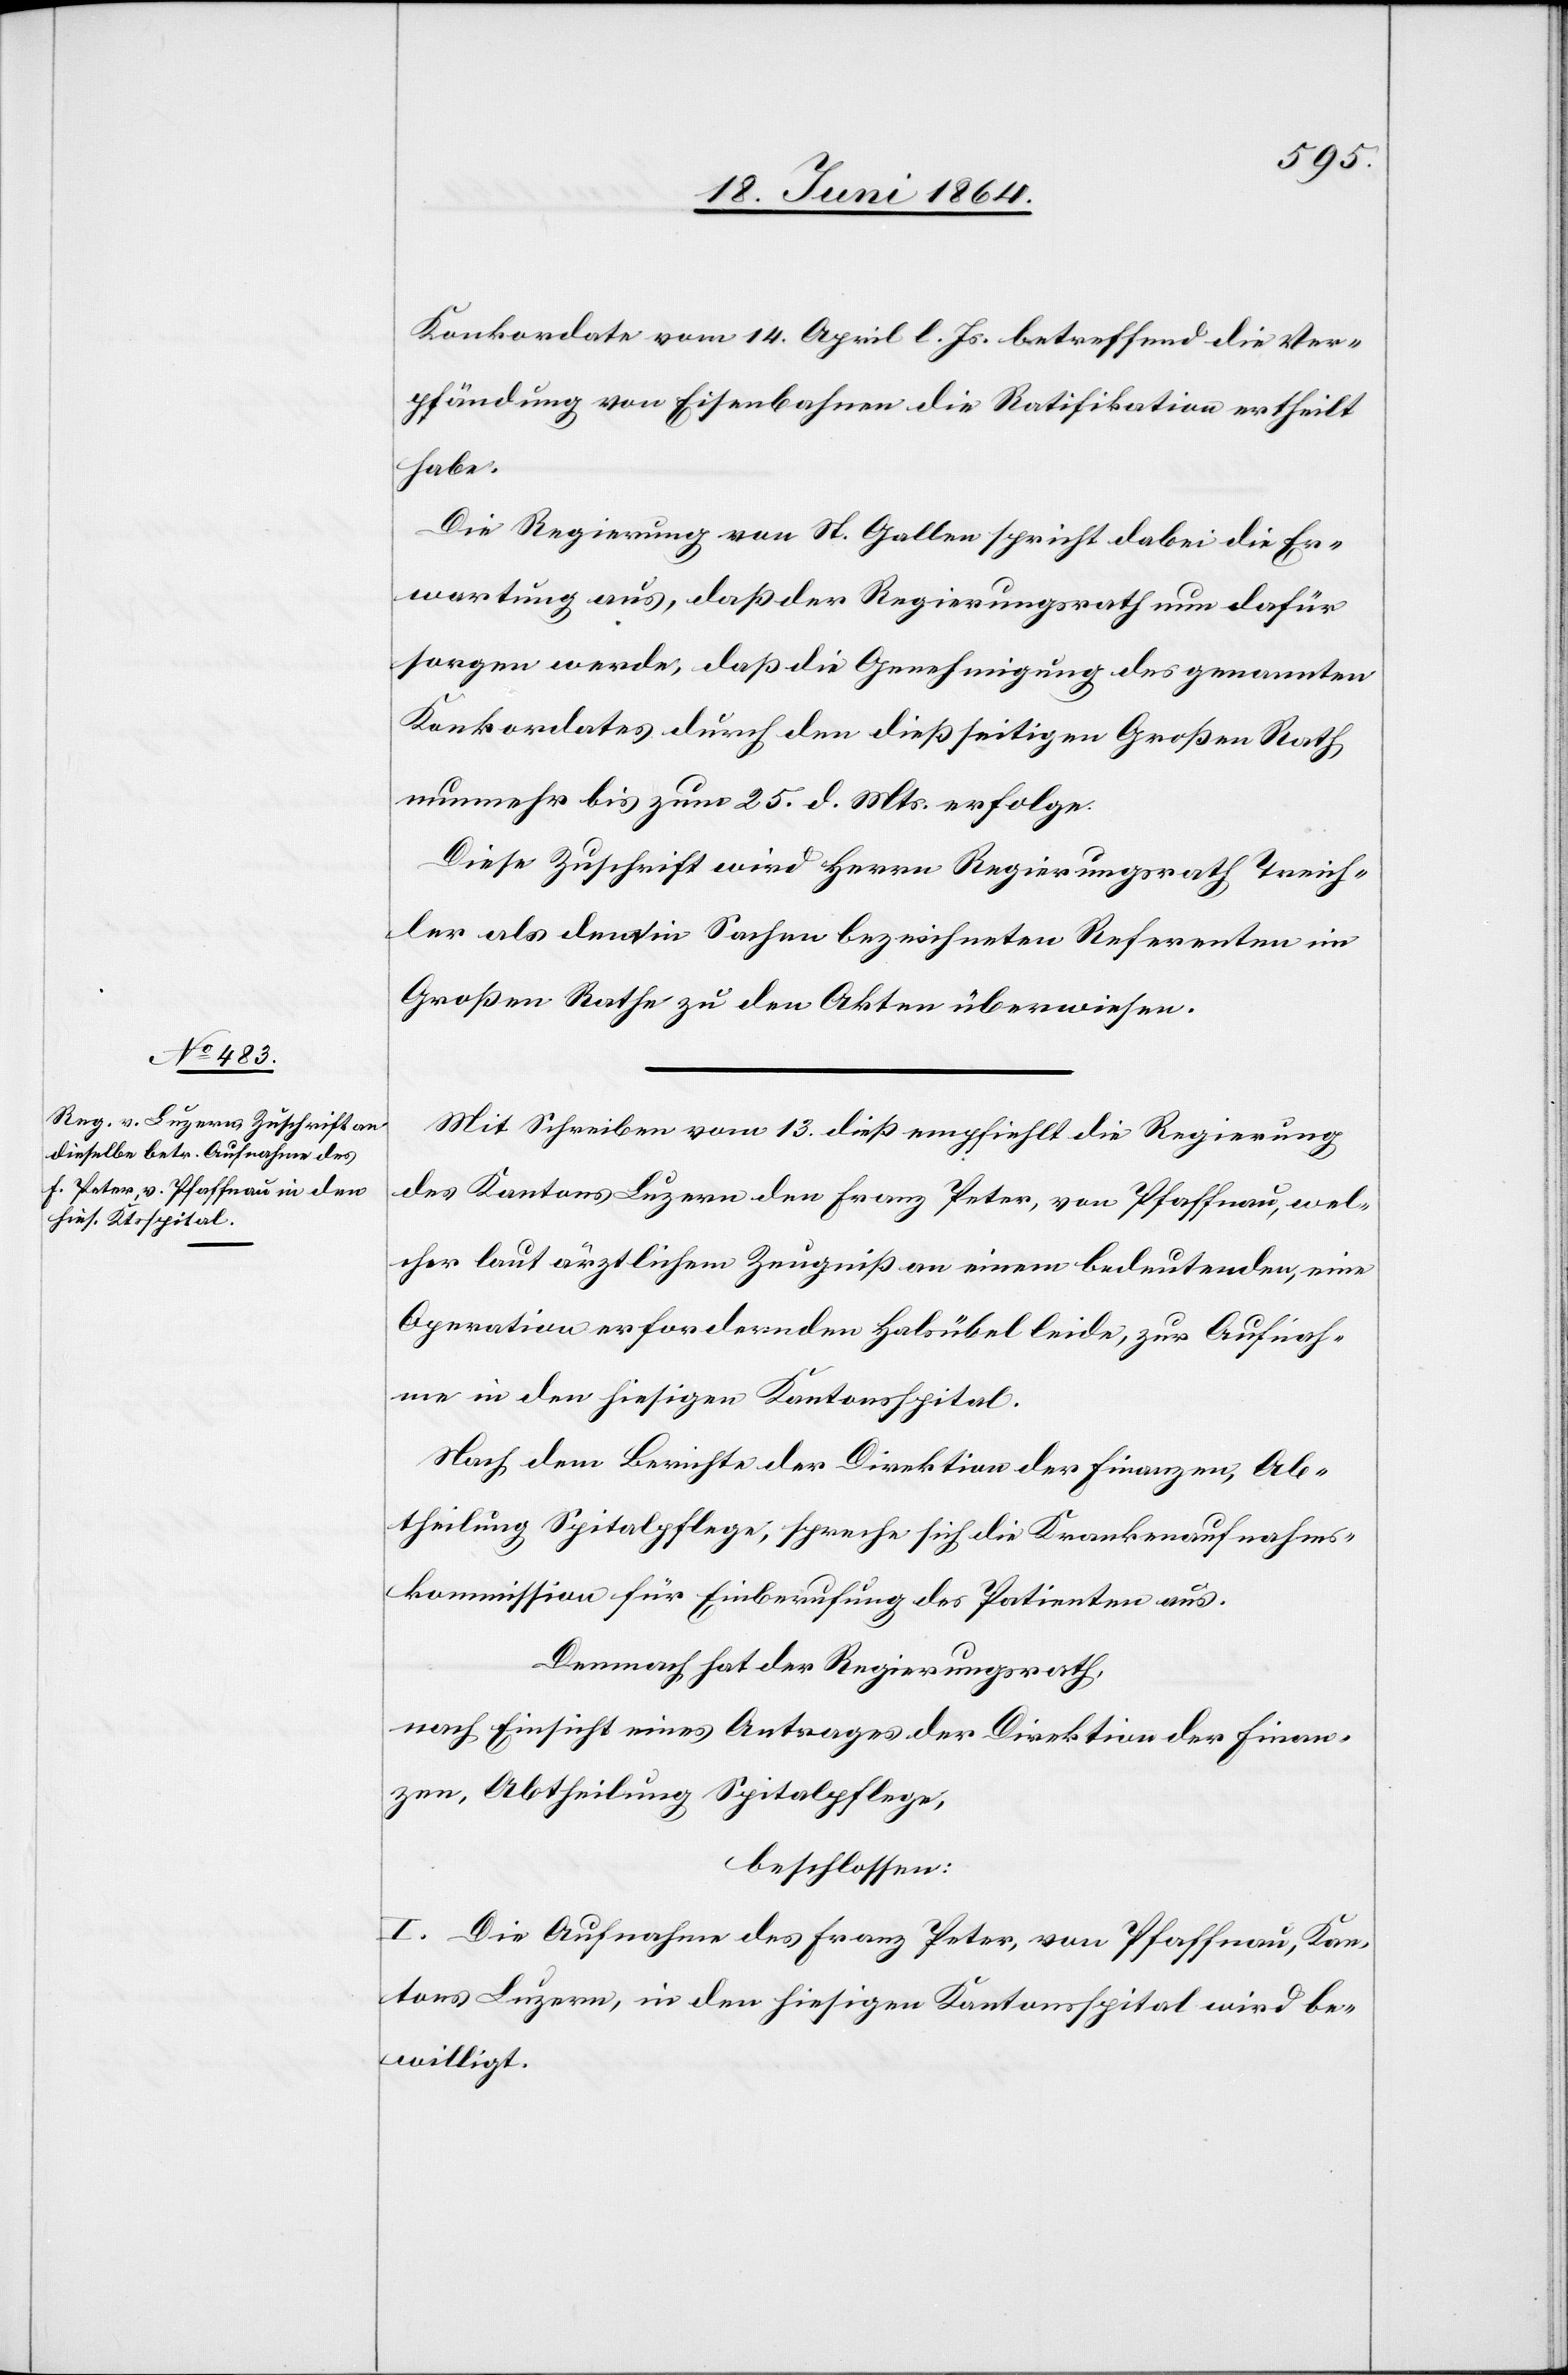
Konkordate vom 14. April l. Js. betreffend die Ver¬
pfändung von Eisenbahnen die Ratifikation ertheilt
habe.
Die Regierung von St. Gallen spricht dabei die Er¬
wartung aus, daß der Regierungsrath nun dafür
sorgen werde, daß die Genehmigung des genannten
Konkordates durch den dießseitigen Großen Rath
nunmehr bis zum 25. d. Mts. erfolge.
Diese Zuschrift wird Herrn Regierungsrath Treich¬
ler als den in Sachen bezeichneten Referenten im
Großen Rathe zu den Akten überweisen.
Mit Schreiben vom 13. dieß empfiehlt die Regierung
des Kantons Luzern den Franz Peter, von Pfaffnau, wel¬
cher laut ärztlichem Zeugniß an einem bedeutenden, eine
Operation erforderlichen Halsübel leide, zur Aufnah¬
me in den hiesigen Kantonsspital.
Nach dem Berichte der Direktion der Finanzen, Ab¬
theilung Spitalpflege, spreche sich die Krankenaufnahms¬
kommission für Einberufung des Patienten aus.
Demnach hat der Regierungsrath,
nach Einsicht eines Antrages der Direktion der Finan¬
zen, Abtheilung Spitalpflege,
beschlossen:
I. Die Aufnahme des Franz Peter, von Pfaffnau, Kan¬
tons Luzern, in den hiesigen Kantonsspital wird be¬
willigt.